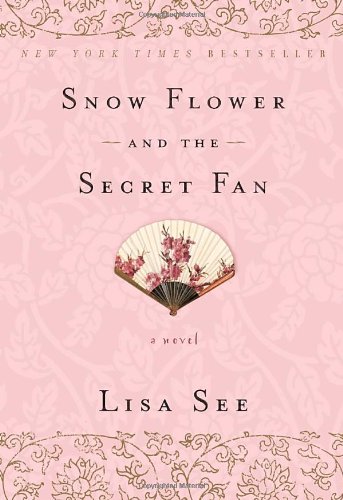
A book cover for Snow Flower and the Secret Fan: A Novel; Lisa See; Literature & Fiction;